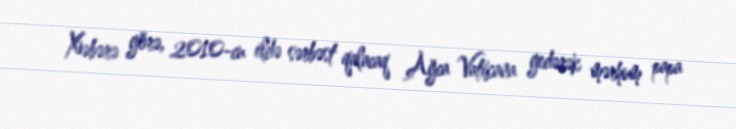
Xəbərə görə, 2010-cu ildə sərbəst qalacaq Ağca Vatikana gedərək mərhum papa